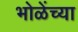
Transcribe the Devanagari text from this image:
भोळेंच्या